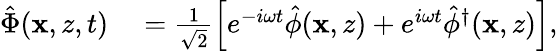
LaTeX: \begin{array}{rl}{\hat{\Phi}(\mathbf{x},z,t)}&{{}=\frac{1}{\sqrt{2}}\left[e^{-i\omega t}\hat{\phi}(\mathbf{x},z)+e^{i\omega t}\hat{\phi}^{\dagger}(\mathbf{x},z)\right],}\end{array}